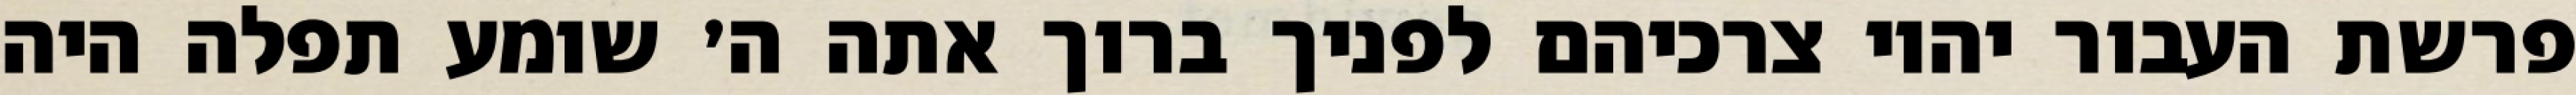
פרשת העבור יהיו צרכיהם לפניך ברוך אתה ה׳ שומע תפלה היה